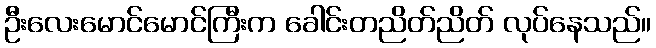
ဦးလေးမောင်မောင်ကြီးက ခေါင်းတညိတ်ညိတ် လုပ်နေသည်။